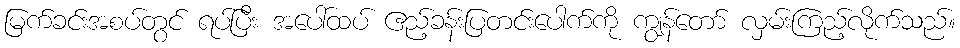
မြက်ခင်းအစပ်တွင် ရပ်ပြီး အပေါ်ထပ် ဧည့်ခန်းပြတင်းပေါက်ကို ကျွန်တော် လှမ်းကြည့်လိုက်သည်။